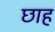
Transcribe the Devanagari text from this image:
छाह